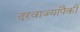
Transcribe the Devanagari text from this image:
दरवाज्यांपैकी